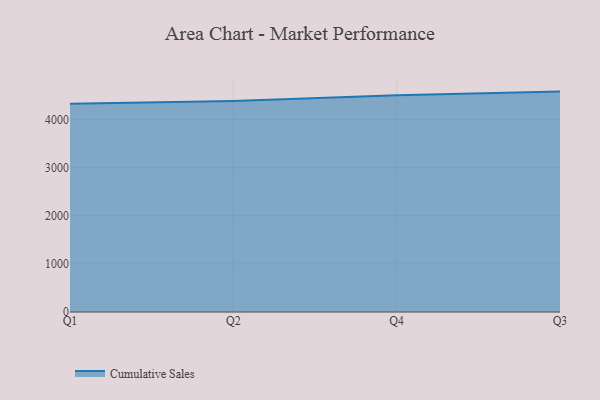
{"axis": {"x": "Quarter", "y": "Humidity (%)"}, "legend": ["Cumulative Sales"], "data": [{"x": "Q1", "y": 4328.2, "type": "Cumulative Sales"}, {"x": "Q2", "y": 4382.2, "type": "Cumulative Sales"}, {"x": "Q4", "y": 4506.1, "type": "Cumulative Sales"}, {"x": "Q3", "y": 4579.5, "type": "Cumulative Sales"}]}